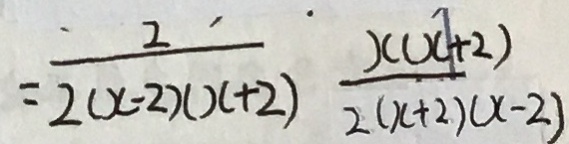
= \frac { 2 } { 2 ( x - 2 ) ( x + 2 ) } \frac { x ( x + 2 ) } { 2 ( x + 2 ) ( x - 2 ) }